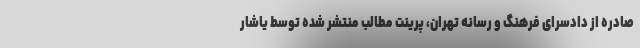
صادره از دادسرای فرهنگ و رسانه تهران، پرینت مطالب منتشر شده توسط یاشار